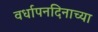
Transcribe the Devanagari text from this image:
वर्धापनदिनाच्या